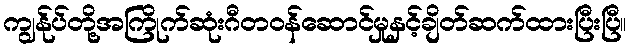
ကျွန်ုပ်တို့အကြိုက်ဆုံးဂီတဝန်ဆောင်မှုနှင့်ချိတ်ဆက်ထားပြီးပြီ။